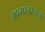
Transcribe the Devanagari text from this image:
आत्मस्वरूपता